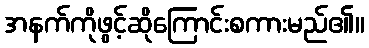
အနက်ကိုဖွင့်ဆိုကြောင်းစကားမည်၏။